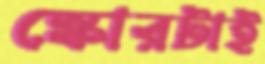
স্কোরটাই